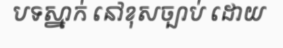
បទស្នាក់ នៅខុសច្បាប់ ដោយ